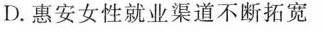
D.惠安女性就业渠道不断拓宽